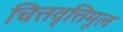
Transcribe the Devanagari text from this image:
चित्तवृत्तिमूल